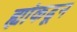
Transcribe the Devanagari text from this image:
ह्यांकढून